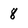
Character: 8